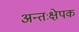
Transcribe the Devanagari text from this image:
अन्तःक्षेपक